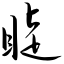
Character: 睫